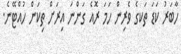
ހާބަރު ކަޑަ ތަކގެ ވެރިން ހަމަ ރޮއެ ގަންނަ އިރަށް ތިކަން ހުއްޓޭނެ.